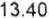
13.40